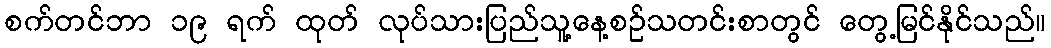
စက်တင်ဘာ ၁၉ ရက် ထုတ် လုပ်သားပြည်သူ့နေ့စဉ်သတင်းစာတွင် တွေ့မြင်နိုင်သည်။